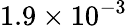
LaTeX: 1.9\times 10^{-3}